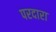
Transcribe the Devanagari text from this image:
परदारा